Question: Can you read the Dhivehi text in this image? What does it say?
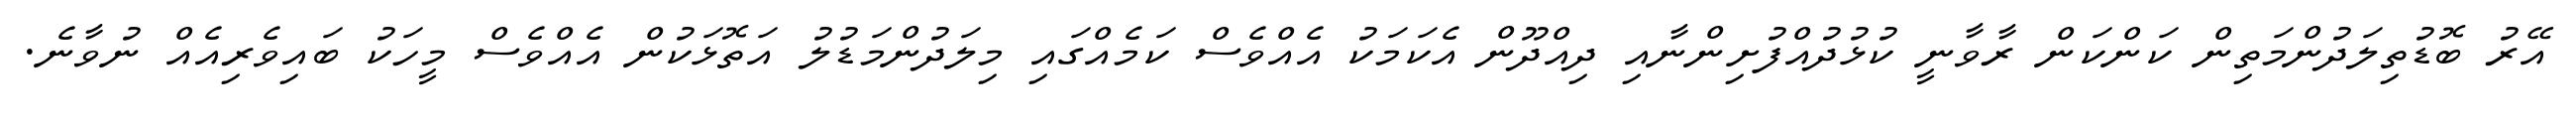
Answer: އޭރު ބޮޑުތިލަދުންމަތިން ކަންކަން ރާވާނީ ކުޅުދުއްފުށިންނާއި ދިއްދޫން އެކަމަކު އެއްވެސް ކަމެއްގައި މިލަދުންމަޑުލު އަތޮޅަކުން އެއްވެސް މީހަކު ބައިވެރިއެއް ނުވާނެ.